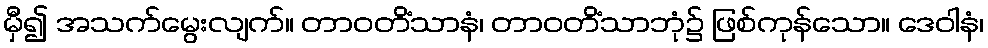
မှီ၍ အသက်မွေးလျက်။ တာဝတိံသာနံ၊ တာဝတိံသာဘုံ၌ ဖြစ်ကုန်သော။ ဒေဝါနံ၊